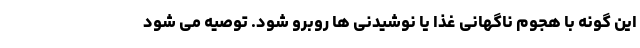
این گونه با هجوم ناگهانی غذا یا نوشیدنی ها روبرو شود. توصیه می شود